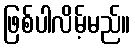
ဖြစ်ပါလိမ့်မည်။